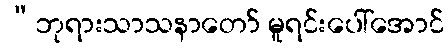
“ဘုရားသာသနာတော် မူရင်းပေါ်အောင်